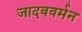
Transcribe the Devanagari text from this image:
जादववर्मन